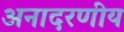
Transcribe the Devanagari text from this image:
अनादरणीय